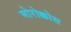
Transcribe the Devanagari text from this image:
मोरोक्कोस